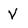
Character: V